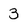
Character: 3